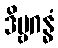
ဒိဗ္ဗဂန္ဓံ